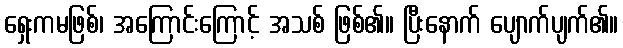
ရှေးကမဖြစ်၊ အကြောင်းကြောင့် အသစ် ဖြစ်၏။ ပြီးနောက် ပျောက်ပျက်၏။